Statistical return of the lunatic asylum in Assam - 1912-1932
Year: 1912
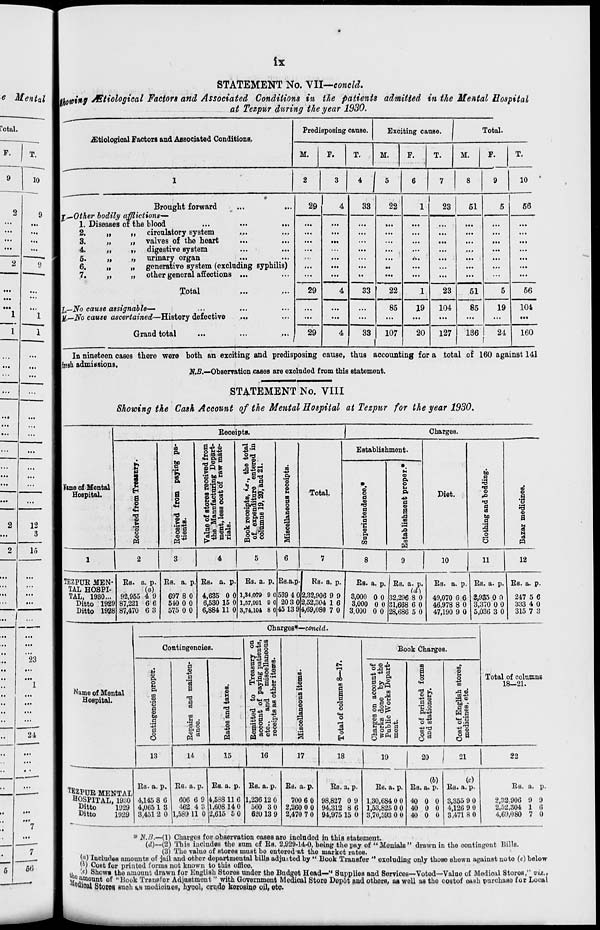
ix
* Mental
Cotal.
...
...
...
...
...
...
...
...
...
...
...
2
12
...
3
2
15
...
...
...
...
■•
...
••
...
..
...
• •
...
23
• •
...
*"l
24
STATEMENT No. VII—concM.
tuning JEtiological Factors and Associated Conditions in the patients admitted in the Mental Hospital
at Tezpur during the year 1930.
ZEtioloKical Factors and Associated Conditions.
Predisposing cause.
Exciting cause
Total.
M.
F.
T.
M.
F.
T.
M.
F.
T.
1
2
3
4 J 5
6
7
8
9
10
—-""
•
Brought forward
...
...
f,~.Other bodily afflictions—
1. Diseases of the blood
2.
„
„ circulatory system
3.
„
,, valves of the heart
4.
,,
,, digestive system
6.
„
„ urinary organ
6.
„
„ generative system (excluding syphilis)
7,
„
„ other general affections ...
29
4
33
22
1
23
61
5
66
...
...
...
...
...
...
.
••
...
Total
29
4
33
22
85
1
23
51
5
56
I,—No cause assignable—
][,—No cause ascertained—History defective
...
...
...
19
104
85
19
104
Grand total
29
4
33
107
20
127
136 I
24
1
160
In nineteen cases there were both an exciting and predisposing cause, thus accounting for a total of 160 against 141
liresh admissions.
N.D.—Observation cases are excluded from this statement.
STATEMENT No. VIII
Showing the Cash Account of the Mental Hospital at Tezpur for the year 1930.
Receipts.
Charges.
lHamo of Mental
Hospital.
s
8
a o
a
CD
--)
CO
W
oS
0i
fco
I
a
2
.543
<o p
a*
9 &S
<M p. d
5
eg
o P.
* 3.
2 S °
■43 P tO
to g m
■M OS ,2
© -g to
^sa-c
1*
*%
CD SJ_:
P
*» -. "
to\gN
43.^ «
Prt>?>
© B
S CD to
||l
*S o
CD
H
SB
P
o
CD
p
I CD
CJ
to
Total.
Establishment.
o
o
p
CD
13
P
CD
43
P
•c
o
p.
p
CO
u
CD
P.
O
M
Pi
•13
P
O
a
m
43
ID
w
Diet.
bo
p
CD
§
bo
P
o
to
CD
a
"3
CD
a
M
c8
N
c3
P
I TEZPUR MEN'
TAL HOSPI-
TAL, 1980...
Ditto 1929
Ditto 1928
Rs. a. p.
(a)
92,955 4 9
87,221 6 6
87,470 6 3
RB. a. p,
697 8 0
510 0 0
575 0 0
RB. a. p
4,635 0 0
6,530 15 0
6,884 11 0
Rs. a. p.
1,34,079 9 0
1,57,091 9 0
3,74,104 8 0
10
11
12
Bs.a.p-J Rs. a. p.
539 4 012,32,906 9 9
20 3 0 2,52,304 1 6
45 13 9 4,69,080 7 0
Ra.
3,000
3,000
3,000
a. p.
0 0
0 0
0 0
Rs. a. p.
id}
32,296 8 0
1,668 6 0
28,686 5 0
Rs. a. p.
49,070 6 6
46,978 8 0
47,190 9 0
Rs. a. p.
2,935 0 0
3,370 0 0
5,036 3 0
Rs. a. p.
247 5 6
333 4 0
315 7 3
Charges*-—condcZ.
Name of Mental
Hospital.
Contingencies.
9 m "S
043 P
P o
to Treasury
of paying patie
nd
miscellane
as other items.
to
a
CD
43
to
p
5
ies proper.
p
j
p
T3
P
CO
CD
H
cd
43
rH
to
I
o
8
CD
o
p
CD
bo
1 43 P
a
to
Sis
© §
id
p
B
to
CD
I
Remitted
account
etc.. a
receipts
1 CD 9
to
3
8
o
3 o
Book Charges.
44 O 43
■ 8*1
bl
R
=0
^CD-S
P O
P o>>
On3|
en
0
o H.H .
*j H.P P
OS O p CD
g*^a
to
a u
o
CD E?
■a §
8.1 P<43
O ia
43 ITS
X a
9 S
to
CD
E
O
43
CO
PS
rB CD
II ft 2
5 a
O
Total of columns
18—21.
13
14
15
16
17
18
19
20
22
TEZPUR MENTAL
HOSPITAL, 1930
Ditto
1929
Ditto
1929
Rs. a. p.
4,145 8 6
4,065 1 3
3,451 2 0
Rs. a. p.
606 6 9
'162 4 3
1,589 11 0
Rs. a. p.
4,588 11 6
1,608 14 0
2,615 5 0
Rs. a. p.
1,236 12 0
560 3 0
6L'0 13 9
Rs. a. p.
700 6 0
2,260 0 0
2,470 7 0
Rs. a. p.
98,827 0 9
94,312 8 6
94,975 15 0
Rs. a. p.
1,30,684 0 0
1,53,825 0 0
3,70,593 0 0
(b)
Rs. a. p.
40 0 0
40 0 0
40 0 0
Co)
Rs. a. p.
3,355 9 0
4,126 9 0
3,471 8 0
RB. a. p.
2,32,906
2,52,304
4,69,080
a
6
u
* NJ}.—(\) Charges for observation caseB are inoludod in this statement.
(d)~ (2) This includes the sum of Rs. 2,929-14-0, being the pay of "Menials" drawn in the oontingont Bills.
(3) Tho valuo of stores must bo entored at the market ratos.
(«) IncludoB amounts of jail and other departmental bills adjuttod by " Book Transfer " oxoluding only thoso shewn against uoto (c) below
Y') Coat for printed forms not known to thiB offico.
*«) Show* tho amount drawn for English Storoa undor the Budget Head—" Supplies and Sorvicos—Votod—Value of Medical Storos," viz.,
SifiiX'Sj of " 1Jook Transfer Adjustment "with Government Medical Store Depot and othors, us woll as tho costof o*Bh purchase for Looal
^ml Stores, such UB modioiues, bycol, crude korosine oil, etc.
tho